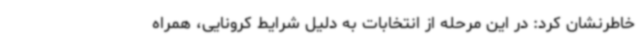
خاطرنشان کرد: در این مرحله از انتخابات به دلیل شرایط کرونایی، همراه